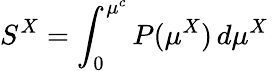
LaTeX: S^{X}=\int_{0}^{\mu^{c}}P(\mu^{X})\, d\mu^{X}\